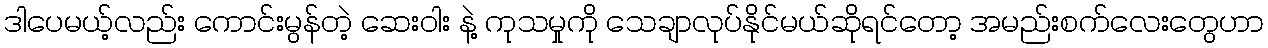
ဒါပေမယ့်လည်း ကောင်းမွန်တဲ့ ဆေးဝါး နဲ့ ကုသမှုကို သေချာလုပ်နိုင်မယ်ဆိုရင်တော့ အမည်းစက်လေးတွေဟာ